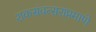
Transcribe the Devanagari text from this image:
शकसंवत्सराप्रमाणे